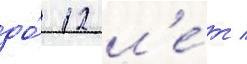
до́ 12 л'е́т /